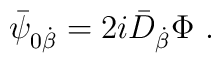
\bar{\psi}_{0\dot{\beta}} = {2i} \bar{D}_{\dot{\beta}}\Phi~.